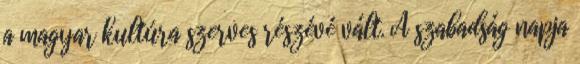
a magyar kultúra szerves részévé vált. A szabadság napja